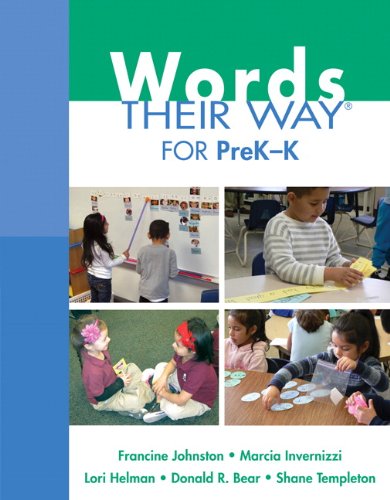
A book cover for Words Their Way for PreK-K (Words Their Way Series); Francine A. Johnston; Education & Teaching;